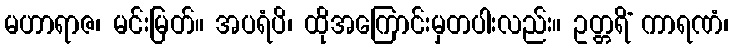
မဟာရာဇ၊ မင်းမြတ်။ အပရံပိ၊ ထိုအကြောင်းမှတပါးလည်း။ ဥတ္တရိံ ကာရဏံ၊